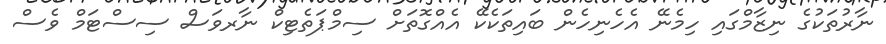
ނާރުތަކުގެ ނިޒާމްގައި ހިމެނޭ އެހެނިހެން ބައިތަކެކޭ އެއްގޮތަށް ސިމްޕަތެޓިކް ނާރވަސް ސިސްޓަމް ވެސް